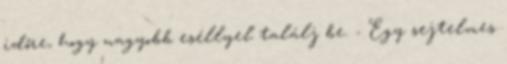
időre, hogy nagyobb eséllyel találj be. - Egy sejtelmes